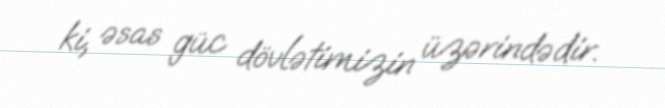
ki, əsas güc dövlətimizin üzərindədir.